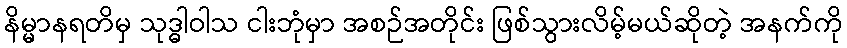
နိမ္မာနရတိမှ သုဒ္ဓါဝါသ ငါးဘုံမှာ အစဉ်အတိုင်း ဖြစ်သွားလိမ့်မယ်ဆိုတဲ့ အနက်ကို